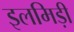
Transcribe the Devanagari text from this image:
इलमिड़ी